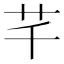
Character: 芊